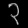
Digit: ၃